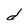
Character: d